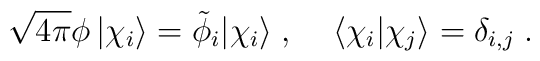
\sqrt{4 \pi} \phi \, |\chi_i\rangle = \tilde{\phi}_i|\chi_i\rangle \;,\;\;\;\; \langle \chi_i | \chi_j \rangle = \delta_{i,j}\; .